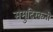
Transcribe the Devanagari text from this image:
समुदिरकनी